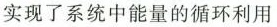
实现了系统中能量的循环利用